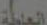
المنيلة